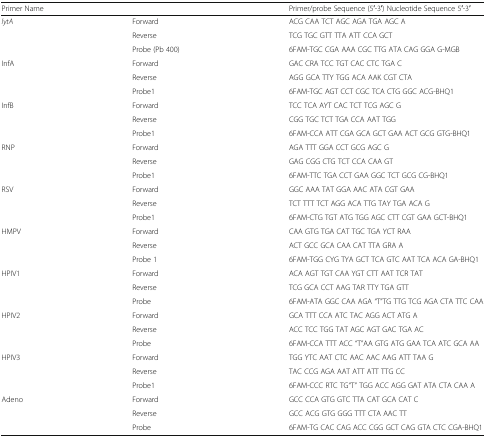
<table><thead><tr><td colspan="2"><b>Primer Name</b></td><td><b>Primer/probe Sequence (5′-3′) Nucleotide Sequence 5′-3′</b></td></tr></thead><tbody><tr><td rowspan="3"><i>lytA</i></td><td>Forward</td><td>ACG CAA TCT AGC AGA TGA AGC A</td></tr><tr><td>Reverse</td><td>TCG TGC GTT TTA ATT CCA GCT</td></tr><tr><td>Probe (Pb 400)</td><td>6FAM-TGC CGA AAA CGC TTG ATA CAG GGA G-MGB</td></tr><tr><td rowspan="3">InfA</td><td>Forward</td><td>GAC CRA TCC TGT CAC CTC TGA C</td></tr><tr><td>Reverse</td><td>AGG GCA TTY TGG ACA AAK CGT CTA</td></tr><tr><td>Probe1</td><td>6FAM-TGC AGT CCT CGC TCA CTG GGC ACG-BHQ1</td></tr><tr><td rowspan="3">InfB</td><td>Forward</td><td>TCC TCA AYT CAC TCT TCG AGC G</td></tr><tr><td>Reverse</td><td>CGG TGC TCT TGA CCA AAT TGG</td></tr><tr><td>Probe1</td><td>6FAM-CCA ATT CGA GCA GCT GAA ACT GCG GTG-BHQ1</td></tr><tr><td rowspan="3">RNP</td><td>Forward</td><td>AGA TTT GGA CCT GCG AGC G</td></tr><tr><td>Reverse</td><td>GAG CGG CTG TCT CCA CAA GT</td></tr><tr><td>Probe1</td><td>6FAM-TTC TGA CCT GAA GGC TCT GCG CG-BHQ1</td></tr><tr><td rowspan="3">RSV</td><td>Forward</td><td>GGC AAA TAT GGA AAC ATA CGT GAA</td></tr><tr><td>Reverse</td><td>TCT TTT TCT AGG ACA TTG TAY TGA ACA G</td></tr><tr><td>Probe1</td><td>6FAM-CTG TGT ATG TGG AGC CTT CGT GAA GCT-BHQ1</td></tr><tr><td rowspan="3">HMPV</td><td>Forward</td><td>CAA GTG TGA CAT TGC TGA YCT RAA</td></tr><tr><td>Reverse</td><td>ACT GCC GCA CAA CAT TTA GRA A</td></tr><tr><td>Probe 1</td><td>6FAM-TGG CYG TYA GCT TCA GTC AAT TCA ACA GA-BHQ1</td></tr><tr><td rowspan="3">HPIV1</td><td>Forward</td><td>ACA AGT TGT CAA YGT CTT AAT TCR TAT</td></tr><tr><td>Reverse</td><td>TCG GCA CCT AAG TAR TTY TGA GTT</td></tr><tr><td>Probe</td><td>6FAM-ATA GGC CAA AGA “T”TG TTG TCG AGA CTA TTC CAA</td></tr><tr><td rowspan="3">HPIV2</td><td>Forward</td><td>GCA TTT CCA ATC TAC AGG ACT ATG A</td></tr><tr><td>Reverse</td><td>ACC TCC TGG TAT AGC AGT GAC TGA AC</td></tr><tr><td>Probe</td><td>6FAM-CCA TTT ACC “T”AA GTG ATG GAA TCA ATC GCA AA</td></tr><tr><td rowspan="3">HPIV3</td><td>Forward</td><td>TGG YTC AAT CTC AAC AAC AAG ATT TAA G</td></tr><tr><td>Reverse</td><td>TAC CCG AGA AAT ATT ATT TTG CC</td></tr><tr><td>Probe1</td><td>6FAM-CCC RTC TG“T” TGG ACC AGG GAT ATA CTA CAA A</td></tr><tr><td rowspan="3">Adeno</td><td>Forward</td><td>GCC CCA GTG GTC TTA CAT GCA CAT C</td></tr><tr><td>Reverse</td><td>GCC ACG GTG GGG TTT CTA AAC TT</td></tr><tr><td>Probe</td><td>6FAM-TG CAC CAG ACC CGG GCT CAG GTA CTC CGA-BHQ1</td></tr></tbody></table>